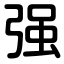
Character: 强